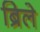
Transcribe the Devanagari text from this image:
ब्रिले